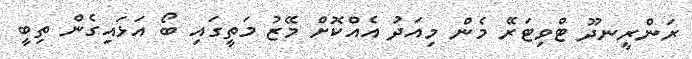
ރަންރީނދޫ ޓްވިޓަރޭ މެން މިއަދު އެއްކޮށް މޭޒު މަތީގައި ބޯ އަޅައިގެން ތިބީ